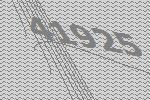
41925